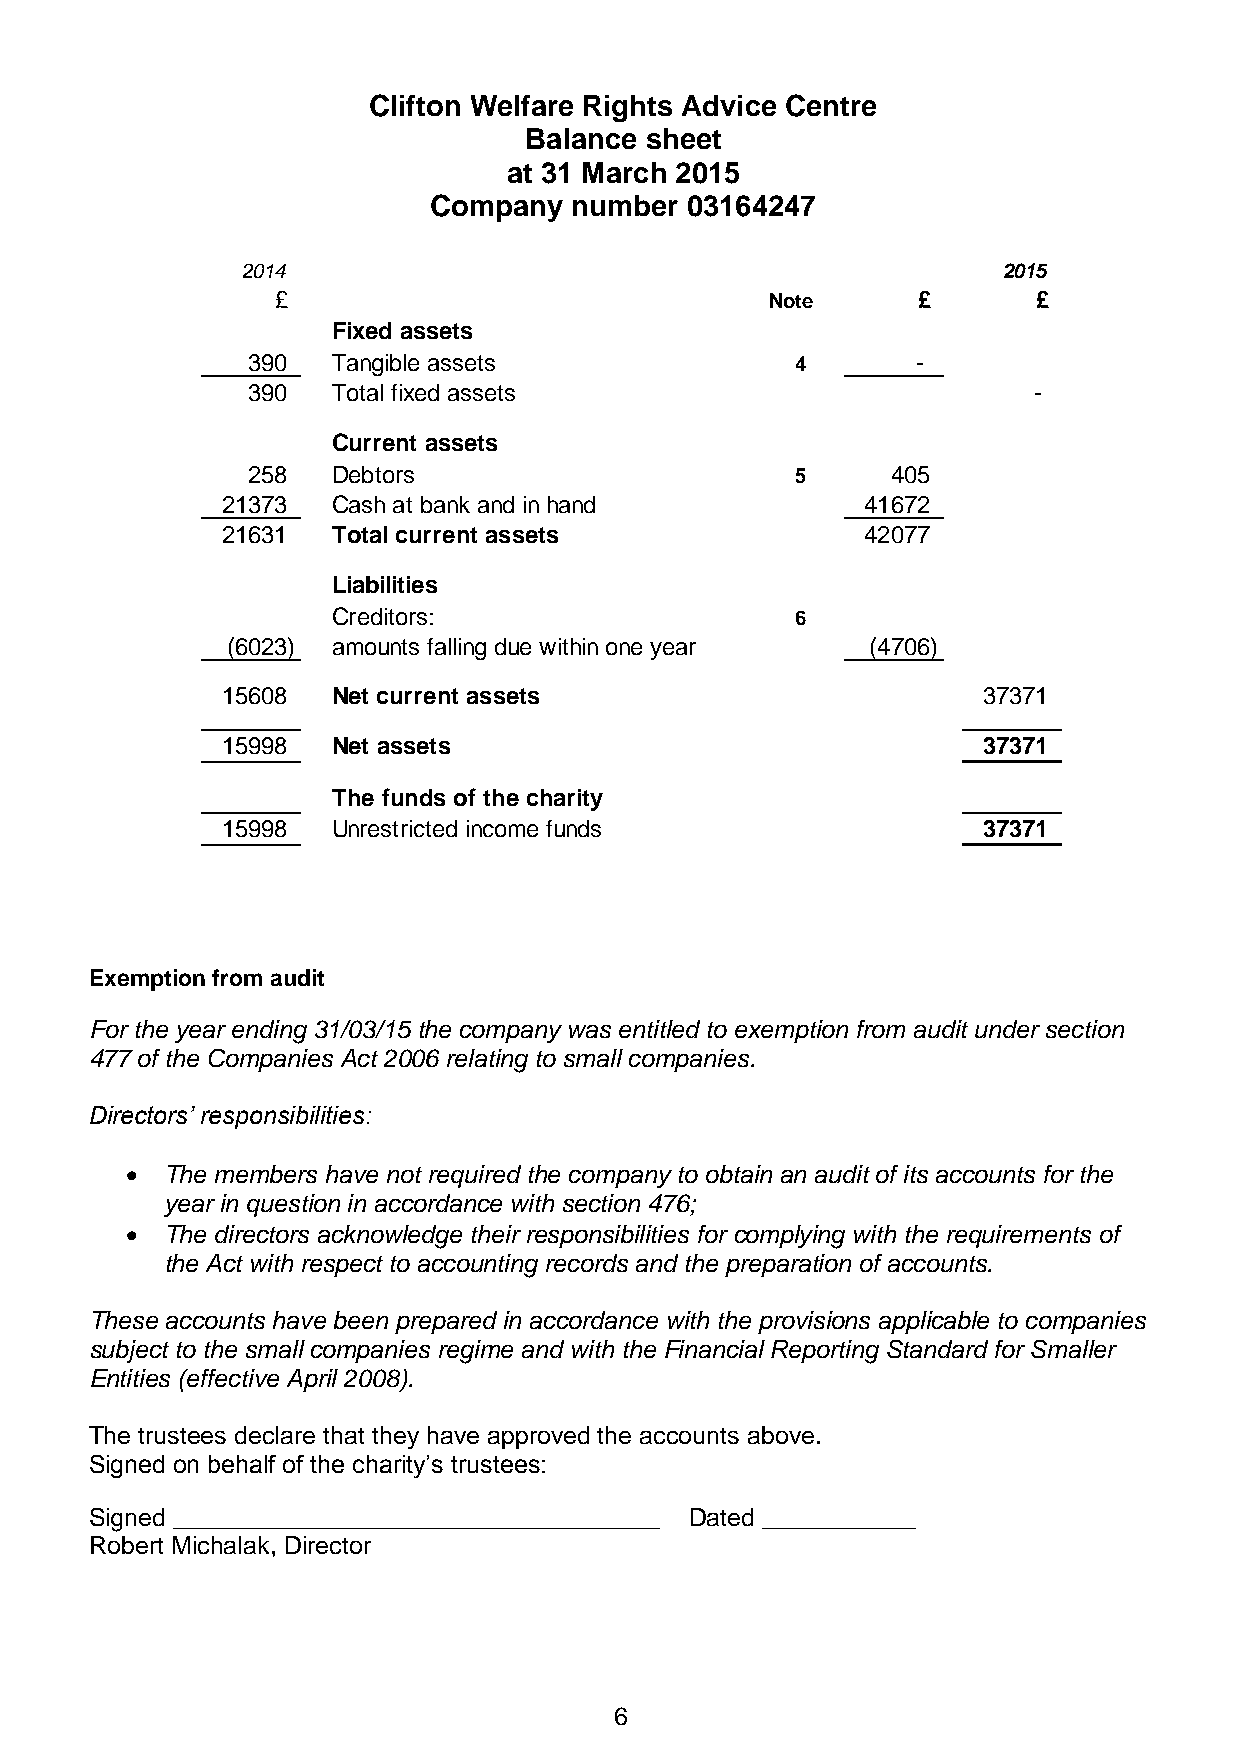
Clifton Welfare Rights Advice Centre
 Balance sheet
 at 31 March 2015
 Company   number 03164247
 2014                                              2015
 £                                Note      £       £
 Fixed assets
 390   Tangible assets                4       -
 390   Total fixed assets                            -
 Current assets
 258   Debtors                        5     405
 21373  Cash at bank and in hand           41672
 21631  Total current assets               42077
 Liabilities
 Creditors:                     6
 (6023) amounts falling due within one year (4706)
 15608  Net current assets                         37371
 15998  Net assets                                 37371
 The funds of the charity
 15998  Unrestricted income funds                  37371
 Exemption from audit
 For the year ending 31/03/15 the company was entitled to exemption from audit under section
 477 of the Companies Act 2006 relating to small companies.
 Directors’ responsibilities:
   The members have not required the company to obtain an audit of its accounts for the
 year in question in accordance with section 476;
   The directors acknowledge their responsibilities for complying with the requirements of
 the Act with respect to accounting records and the preparation of accounts.
 These accounts have been prepared in accordance with the provisions applicable to companies
 subject to the small companies regime and with the Financial Reporting Standard for Smaller
 Entities (effective April 2008).
 The trustees declare that they have approved the accounts above.
 Signed on behalf of the charity’s trustees:
 Signed ___________________________________ Dated ___________
 Robert Michalak, Director
 6